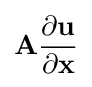
\mathbf {A} {\frac {\partial \mathbf {u} }{\partial \mathbf {x} }}